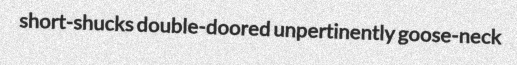
short-shucks double-doored unpertinently goose-neck